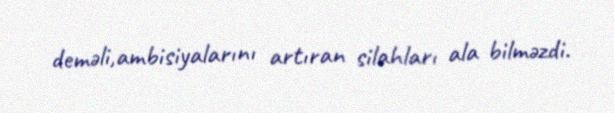
deməli,ambisiyalarını artıran silahları ala bilməzdi.